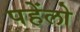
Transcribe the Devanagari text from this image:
पहेंलो